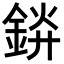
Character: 𬫞